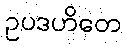
ဥပဒဟိတေ